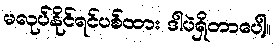
မလုပ်နိုင်ရင်ပစ်ထား ဒါပဲရှိတာပေါ့။